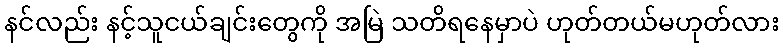
နင်လည်း နင့်သူငယ်ချင်းတွေကို အမြဲ သတိရနေမှာပဲ ဟုတ်တယ်မဟုတ်လား